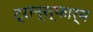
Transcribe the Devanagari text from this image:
ट्रान्स्फार्म